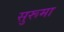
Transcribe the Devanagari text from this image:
सुरूमा